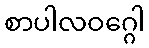
စာပါလဝဂ္ဂေါ